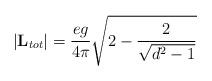
LaTeX: \begin{align*}\vert {\bf L}_{tot} \vert = {e g \over 4 \pi} \sqrt{2 - {2 \over\sqrt{d^2 -1}}}\end{align*}